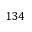
1 3 4